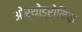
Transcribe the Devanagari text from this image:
ओर्थोड्रोमिक